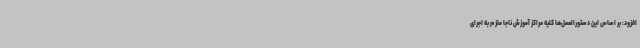
افزود: بر اساس این دستورالعمل‌ها کلیه مراکز آموزش ناجا ملزم به اجرای